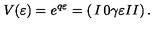
V ( \varepsilon ) = e ^ { q \varepsilon } = \left( \begin{matrix} { I } & { 0 } \\ { \gamma \varepsilon I } & { I } \\ \end{matrix} \right) .